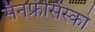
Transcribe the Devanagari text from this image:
सैनफ्रंसिस्को